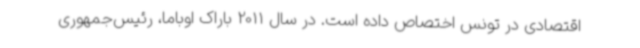
اقتصادی در تونس اختصاص داده است. در سال 2011 باراک اوباما، رئیس‌جمهوری